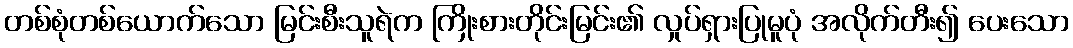
တစ်စုံတစ်ယောက်သော မြင်းစီးသူရဲက ကြိုးစားတိုင်းမြင်း၏ လှုပ်ရှားပြုမူပုံ အလိုက်တီး၍ ပေးသော